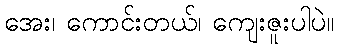
အေး၊ ကောင်းတယ်၊ ကျေးဇူးပါပဲ။